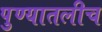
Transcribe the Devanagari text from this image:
पुण्यातलीच